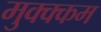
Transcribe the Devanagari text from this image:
मुक्क्कम